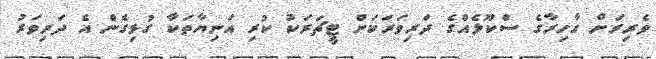
ވެރިރަށް ގާހިރާގެ ސްކޫލެއްގެ ދަރިވަރަކަށް ޓީޗަރަކު ކުރި އަނިޔާތަކާ ގުޅިގެން އެ ދަރިވަރު